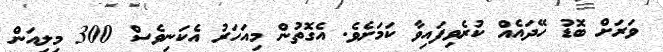
ވަރަށް ބޮޑު ހޭދައެއް ކުރެވިފައިވާ ކަމަށެވެ. އެގޮތުން މިއަހަރު އެކަނިވެސް 300 މިލިއަން